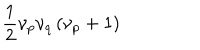
\frac { 1 } { 2 } \nu _ { p } \nu _ { q } \left( \nu _ { p } + 1 \right)